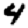
Digit: 4